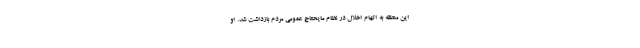
این منطقه به اتهام اخلال در نظام مایحتاج عمومی مردم بازداشت شد. او